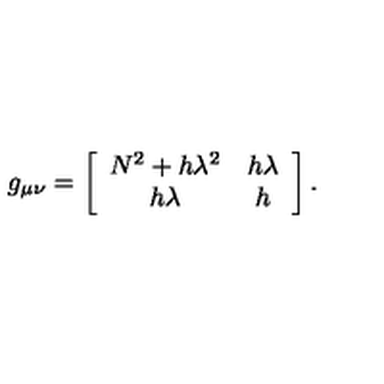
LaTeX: g _ { \mu \nu } = \left[ \begin{array} { c c } { N ^ { 2 } + h \lambda ^ { 2 } } & { h \lambda } \\ { h \lambda } & { h } \\ \end{array} \right] .